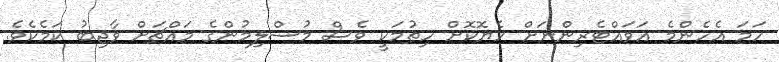
ހަމަ އެހެންމެ އަވައްޓެރިންނަށް ހެޔޮކޮށް ހިތުމަކީ ވެސް މުސްލިމުންގެ މައްޗަށް ވާޖިބު ކަމެކެވެ.